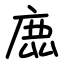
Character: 𢉖